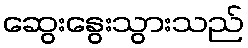
ဆွေးနွေးသွားသည်